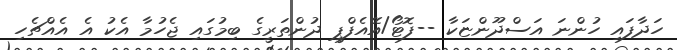
ހަދާފައި ހުންނަ އަސްދޫންޏަކާ --ފޮޓޯ/އޭއެފްޕީ ދުންތަރީގެ ބިމުގައި ޖެހުމާ އެކު އެ އެއްޗެހި